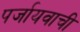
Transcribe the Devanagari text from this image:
पर्जायवाची